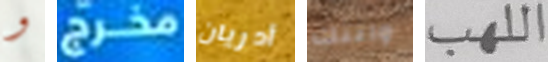
و مخرج أدريان واتتك اللهب